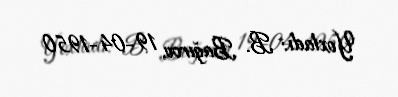
Yoxladı: B. Bağırov, 19-04-1950